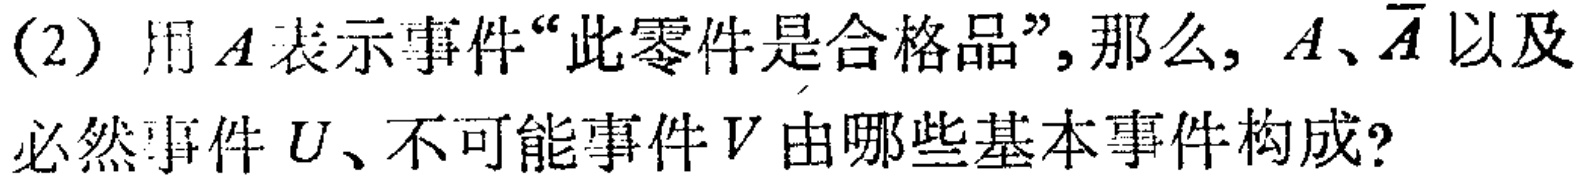
(2) 用\(A\)表示事件“此零件是合格品”,那么, \(A\)、\(\overline{A}\)以及必然事件\(U\)、不可能事件\(V\)由哪些基本事件构成?